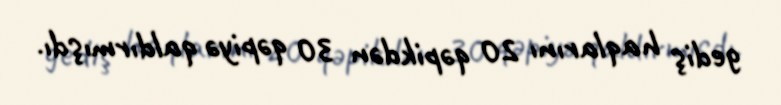
gediş haqlarını 20 qəpikdən 30 qəpiyə qaldırmışdı.